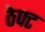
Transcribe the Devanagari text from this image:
ठेफ्ट